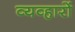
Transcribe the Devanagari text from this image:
व्यव्हारों